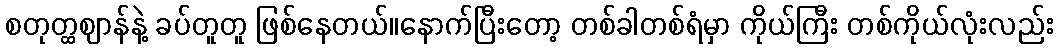
စတုတ္ထဈာန်နဲ့ ခပ်တူတူ ဖြစ်နေတယ်။နောက်ပြီးတော့ တစ်ခါတစ်ရံမှာ ကိုယ်ကြီး တစ်ကိုယ်လုံးလည်း